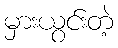
မှားယွင်းတဲ့